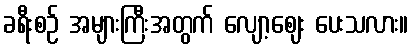
ခရီးစဉ် အများကြီးအတွက် လျော့ဈေး ပေးသလား။